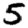
Digit: 5